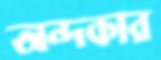
অন্দকার